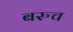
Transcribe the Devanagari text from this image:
बरुच